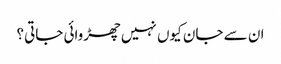
ان سے جان کیوں نہیں چھڑوائی جاتی؟